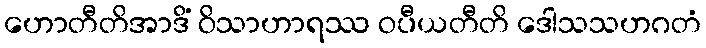
ဟောတီတိအာဒိံ ဝိသာဟာရဿ ဝပီယတီတိ ဒေါသသဟဂတံ